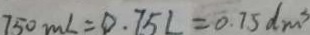
7 5 0 m L = 0 . 7 5 L = 0 . 7 5 d m ^ { 3 }